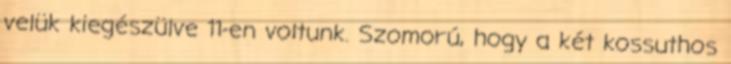
velük kiegészülve 11-en voltunk. Szomorú, hogy a két kossuthos